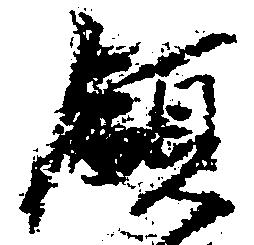
領